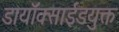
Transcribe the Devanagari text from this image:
डायॉक्साईडयुक्त